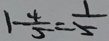
1 - \frac { 4 } { 5 } = \frac { 1 } { 5 }